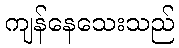
ကျန်နေသေးသည်